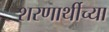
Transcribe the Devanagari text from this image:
शरणार्थीच्या